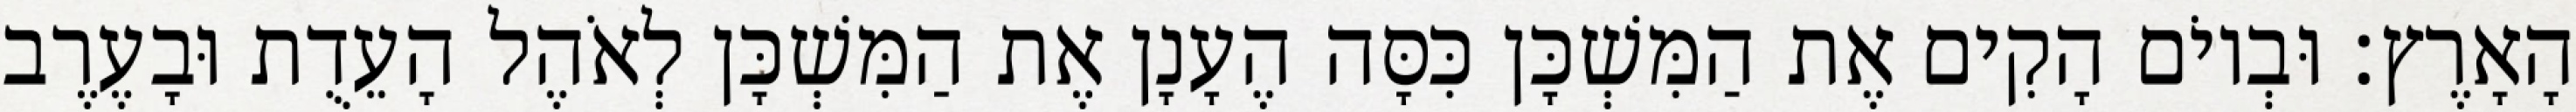
הָאָרֶץ׃ וּבְיוֹם הָקִים אֶת הַמִּשְׁכָּן כִּסָּה הֶעָנָן אֶת הַמִּשְׁכָּן לְאֹהֶל הָעֵדֻת וּבָעֶרֶב